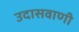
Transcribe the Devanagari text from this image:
उदासवाणी